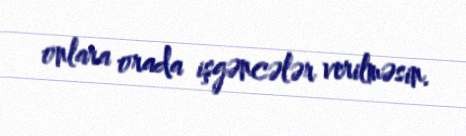
onlara orada işgəncələr verilməsin.